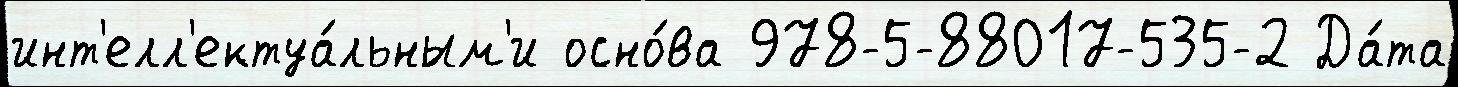
инт'елл'ектуа́льным'и осно́ва 978-5-88017-535-2 Да́та